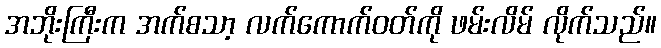
အဘိုးကြီးက အက်စသာ့ လက်ကောက်ဝတ်ကို ဖမ်းလိမ် လိုက်သည်။